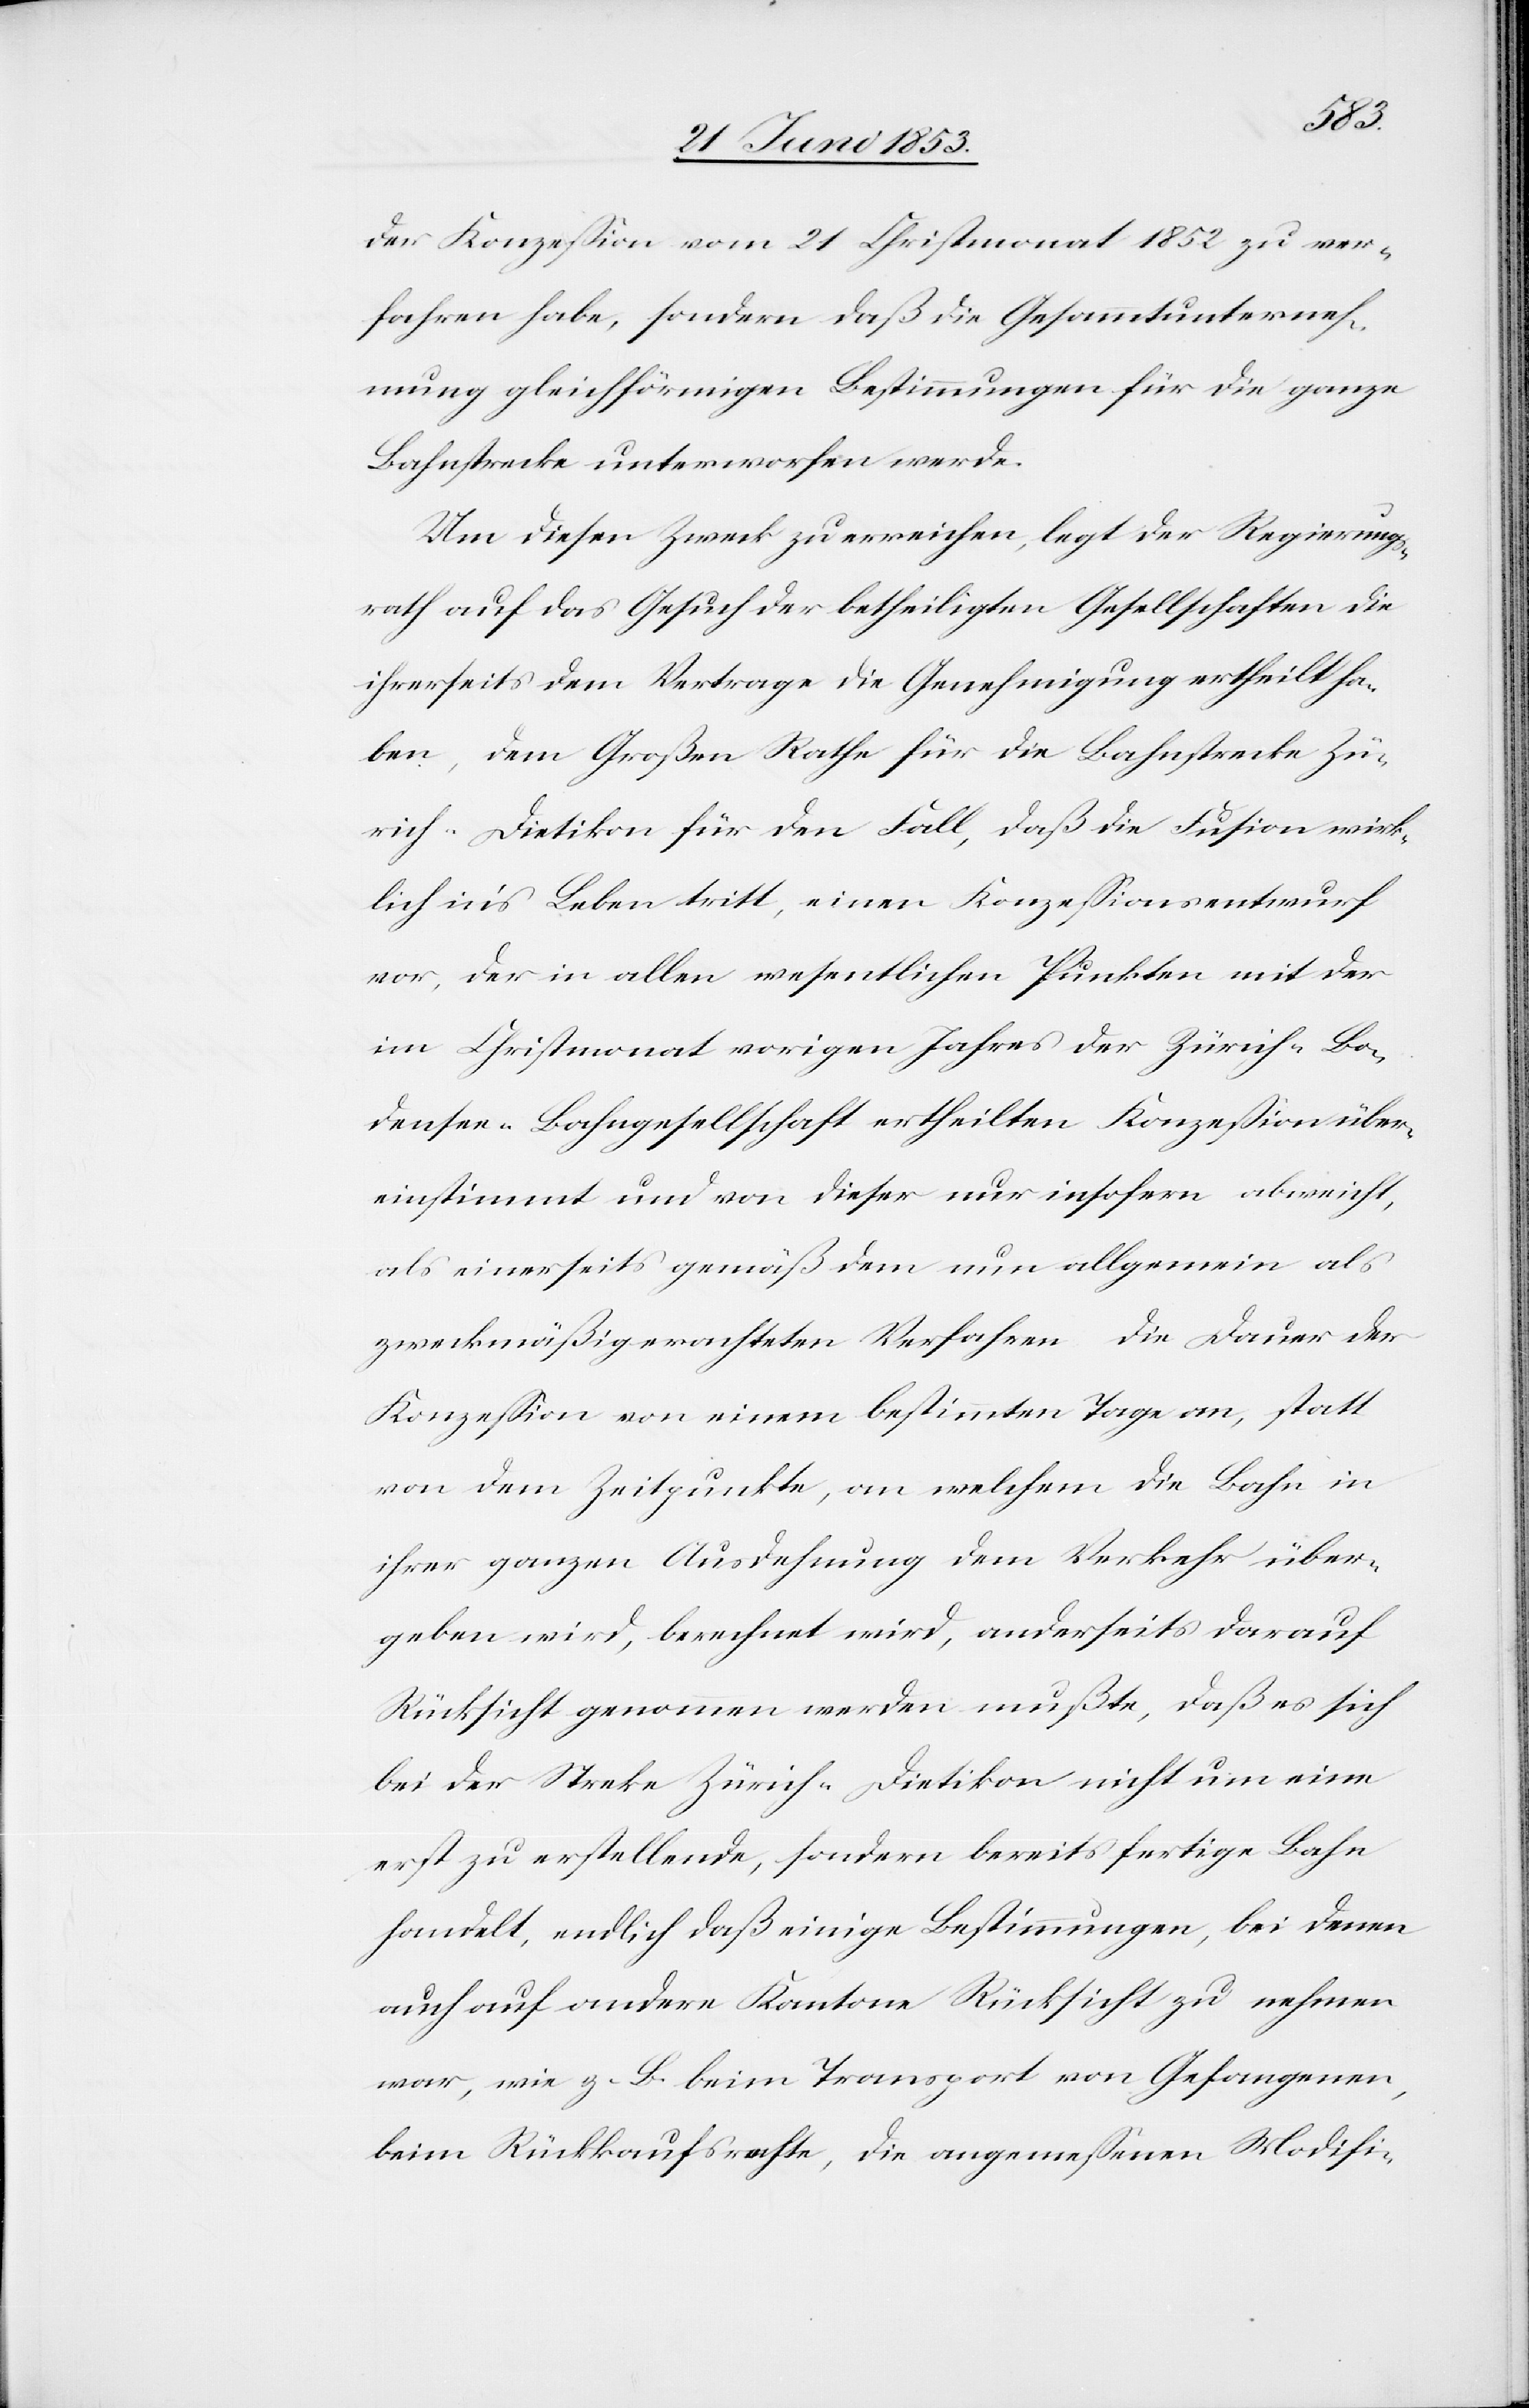
der Konzeßion vom 21 Christmonat 1852 ver¬
fahren habe, sondern daß die Gesammtunterneh¬
mung gleichförmigen Bestimmungen für die ganze
Bahnstrecke unterworfen werde.
Um diesen Zweck zu erreichen, legt der Regierungs¬
rath auf das Gesuch der betheiligten Gesellschaften die
ihrerseits dem Vertrage die Genehmigung ertheilt ha¬
ben, dem Großen Rathe für die Bahnstrecke Zü¬
rich-Dietikon für den Fall, daß die Fusion wirk¬
lich in’s Leben tritt, einen Konzeßionsentwurf
vor, der in allen wesentlichen Punkten mit der
im Christmonat vorigen Jahres der Zürich-Bo¬
densee-Bahngesellschaft ertheilten Konzeßion über¬
einstimmt und von dieser nur insofern abweicht,
als einerseits gemäß dem nun allgemein als
zweckmäßig erachteten Verfahren die Dauer der
Konzeßion von einem bestimmten Tage an, statt
von dem Zeitpunkte, an welchem die Bahn in
ihrer ganzen Ausdehnung dem Verkehr über¬
geben wird, berechnet wird, anderseits darauf
Rücksicht genommen werden mußte, daß es sich
bei der Strecke Zürich-Dietikon nicht um eine
erst zu erstellende, sondern bereits fertige Bahn
handelt, endlich daß einige Bestimmungen, bei denen
auch auf andere Kantone Rücksicht zu nehmen
war, wie z. B. beim Transport von Gefangenen,
beim Rückkaufsrechte, die angemeßenen Modifi-